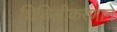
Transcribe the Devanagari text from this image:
शिथिलीकरणाने